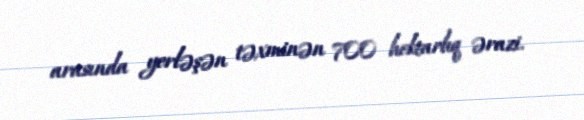
arasında yerləşən təxminən 700 hektarlıq ərazi.